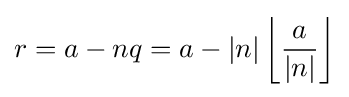
r=a-nq=a-|n|\left\lfloor {\frac {a}{\left|n\right|}}\right\rfloor